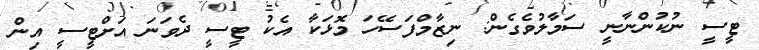
ޓީސީ ނުކުންނާނީ ސަމާލުވެގެން: ނިޒާމްފަސޭހަ މޮޅަކާ އެކު ޓީސީ ދެވަނަ އަށްޓީސީ އިން